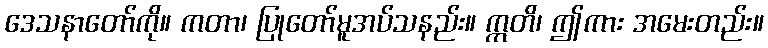
ဒေသနာတော်ကို။ ကတာ၊ ပြုတော်မူအပ်သနည်း။ ဣတိ၊ ဤကား အမေးတည်း။